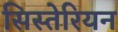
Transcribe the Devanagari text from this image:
सिस्तेरियन